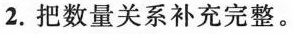
2.把数量关系补充完整。